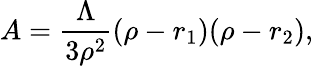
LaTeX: A=\frac{\Lambda}{3\rho^{2}}(\rho-r_{1})(\rho-r_{2}),